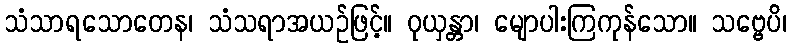
သံသာရသောတေန၊ သံသရာအယဉ်ဖြင့်။ ဝုယှန္တာ၊ မျောပါးကြကုန်သော။ သဗ္ဗေပိ၊